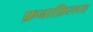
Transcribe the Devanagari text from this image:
फ़नाफ़िल्लाह